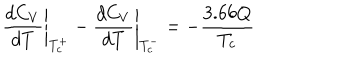
LaTeX: \left. \frac { d C _ { V } } { d T } \right| _ { T _ { c } ^ { + } } - \left. \frac { d C _ { V } } { d T } \right| _ { T _ { c } ^ { - } } = - \frac { 3 . 6 6 Q } { T _ { c } }